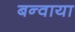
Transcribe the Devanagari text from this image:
बन्वाया